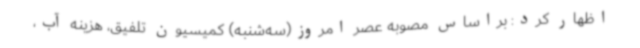
اظهار کرد: براساس مصوبه عصر امروز(سه‌شنبه) کمیسیون تلفیق، هزینه آب،